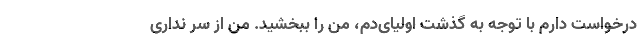
درخواست دارم با توجه به گذشت اولیای‌دم، من را ببخشید. من از سر نداری